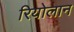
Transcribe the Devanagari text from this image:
रियोलान